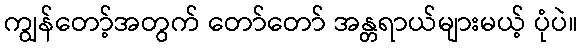
ကျွန်တော့်အတွက် တော်တော် အန္တရာယ်များမယ့် ပုံပဲ။